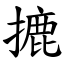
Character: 摝